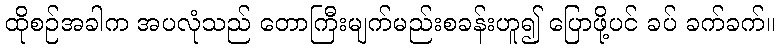
ထိုစဉ်အခါက အပလုံသည် တောကြီးမျက်မည်းစခန်းဟူ၍ ပြောဖို့ပင် ခပ် ခက်ခက်။